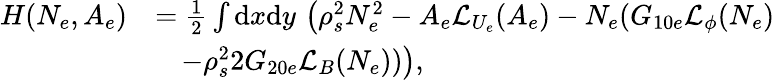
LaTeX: \begin{array}{rl}{H(N_{e},A_{e})}&{=\frac{1}{2}\int\mathrm{d}x\mathrm{d}y\, \left(\rho_{s}^{2}N_{e}^{2}-A_{e}\mathcal{L}_{U_{e}}(A_{e})-N_{e}(G_{10e}\mathcal{L}_{\phi}(N_{e})\right.}\\ &{~~~\left.-\rho_{s}^{2}2G_{20e}\mathcal{L}_{B}(N_{e}))\right),}\end{array}